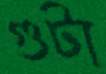
গুটা